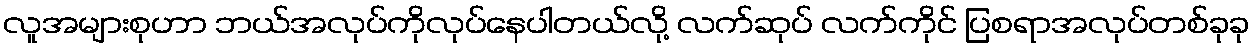
လူအများစုဟာ ဘယ်အလုပ်ကိုလုပ်နေပါတယ်လို့ လက်ဆုပ် လက်ကိုင် ပြစရာအလုပ်တစ်ခုခု